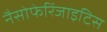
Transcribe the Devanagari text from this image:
नैसोफेरिंजाइटिस